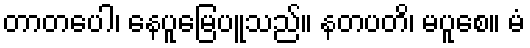
တာတပေါ၊ နေပူမြေပူသည်။ နတပတိ၊ မပူစေ။ မံ